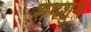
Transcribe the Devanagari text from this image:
शंगशुंग